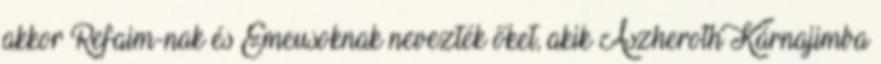
akkor Refaim-nak és Emeusoknak nevezték őket, akik Aszheroth Kárnajimba